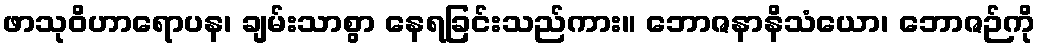
ဖာသုဝိဟာရောပန၊ ချမ်းသာစွာ နေရခြင်းသည်ကား။ ဘောဇနာနိသံယော၊ ဘောဇဉ်ကို